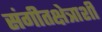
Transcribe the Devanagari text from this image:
संगीतक्षेत्राशी